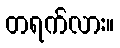
တရက်လား။